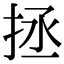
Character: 拯